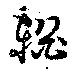
輶